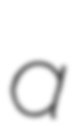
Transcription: a